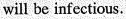
will be infectious.